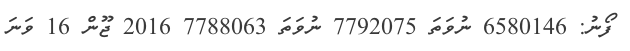
ފޯނު: 6580146 ނުވަތަ 7792075 ނުވަތަ 7788063 2016 ޖޫން 16 ވަނަ